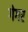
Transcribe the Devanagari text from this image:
गेगर